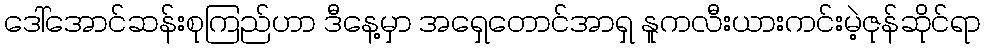
ဒေါ်အောင်ဆန်းစုကြည်ဟာ ဒီနေ့မှာ အရှေတောင်အာရှ နူကလီးယားကင်းမဲ့ဇုန်ဆိုင်ရာ